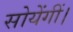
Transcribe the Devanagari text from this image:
सोयेंगीं।